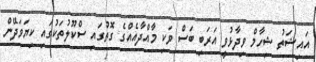
އައިޝަތު ޝިހާމް ވިދާޅުވީ އަރަބި ބަސް ވަކި މާއްދާއެއްގެ ގޮތުގައި ސްކޫލުތަކުގައި ކިޔަވަދޭން